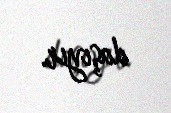
daşıyır.